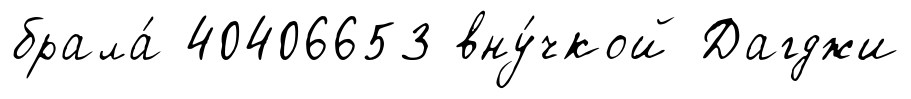
брала́ 40406653 вну́чкой Дагджи